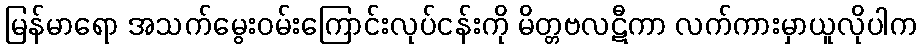
မြန်မာရော အသက်မွေးဝမ်းကြောင်းလုပ်ငန်းကို မိတ္တဗလဋီကာ လက်ကားမှာယူလိုပါက